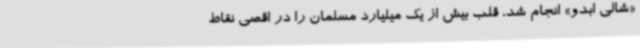
«شالی ابدو» انجام شد، قلب بیش از یک میلیارد مسلمان را در اقصی نقاط